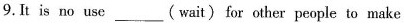
9. It is no use ___ (wait) for other people to make